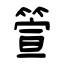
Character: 箮